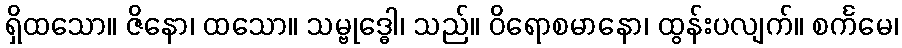
ရှိထသော။ ဇိနော၊ ထသော။ သမ္ဗုဒ္ဓေါ၊ သည်။ ဝိရောစမာနော၊ ထွန်းပလျက်။ စင်္ကမေ၊